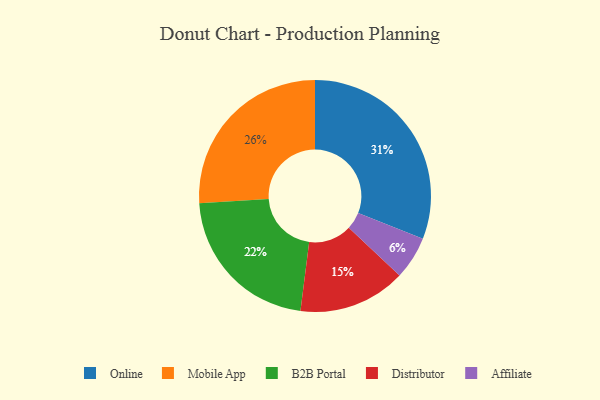
{"axis": {"x": "Category", "y": "Percentage"}, "legend": ["Affiliate", "B2B Portal", "Distributor", "Mobile App", "Online"], "data": [{"x": "Mobile App", "y": 26, "type": "Mobile App"}, {"x": "Online", "y": 31, "type": "Online"}, {"x": "Distributor", "y": 15, "type": "Distributor"}, {"x": "Affiliate", "y": 6, "type": "Affiliate"}, {"x": "B2B Portal", "y": 22, "type": "B2B Portal"}]}